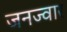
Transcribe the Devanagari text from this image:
जनज्वार